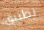
تطبيق